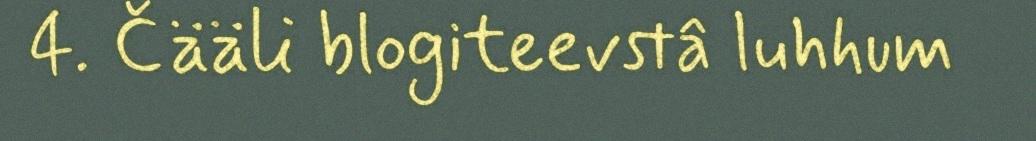
4. Čääli blogiteevstâ luhhum